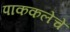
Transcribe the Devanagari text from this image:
पाककलेचे